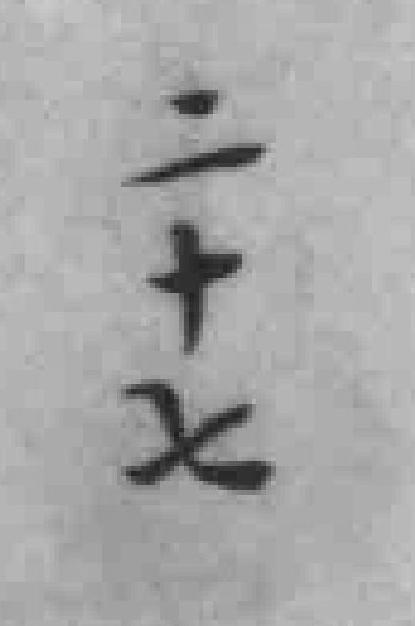
二十七